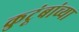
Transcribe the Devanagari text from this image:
कुटूंबांच्या